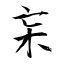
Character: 杗